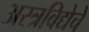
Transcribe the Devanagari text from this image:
अस्त्रविद्येचे